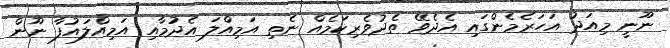
ނޫނީ މިއަދު އަހަރެމެންގައި އެދެވޭ ތެދުވެރިކަމެއް ނެތި އަމިއްލަ އެދުމާއި އަމިއްލައުފާ ނޫން